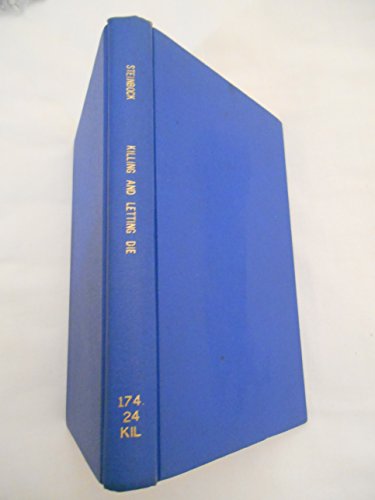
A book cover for Killing and Letting Die; Law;